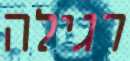
רגילה